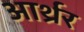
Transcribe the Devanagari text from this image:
आर्थ्रर